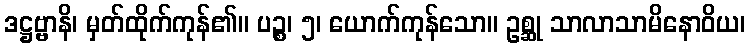
ဒဋ္ဌဗ္ဗာနိ၊ မှတ်ထိုက်ကုန်၏။ ပဉ္စ၊ ၅၊ ယောက်ကုန်သော။ ဥစ္ဆု သာလာသာမိနောဝိယ၊